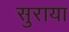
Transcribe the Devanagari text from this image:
सुराया